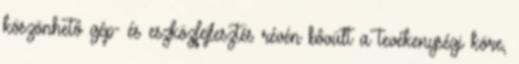
köszönhetô gép- és eszközfejlesztés révén bôvült a tevékenységi köre,